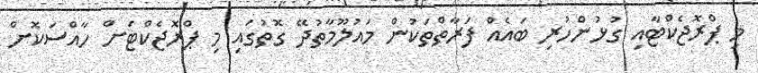
މި ޕްރޮޖެކްޓާއި ގުޅުންހުރި ބައެއް ފަރާތްތަކުން މައުލޫމާތުދޭ ގޮތުގައި މި ޕްރޮޖެކްޓަށް ހާއްސަކޮށް